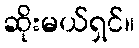
ဆိုးမယ်ရှင်။